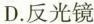
D.反光镜